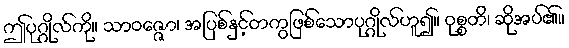
ဤပုဂ္ဂိုလ်ကို။ သာဝဇ္ဇော၊ အပြစ်နှင့်တကွဖြစ်သောပုဂ္ဂိုလ်ဟူ၍။ ဝုစ္စတိ၊ ဆိုအပ်၏။